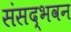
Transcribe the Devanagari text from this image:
संसद्भवन